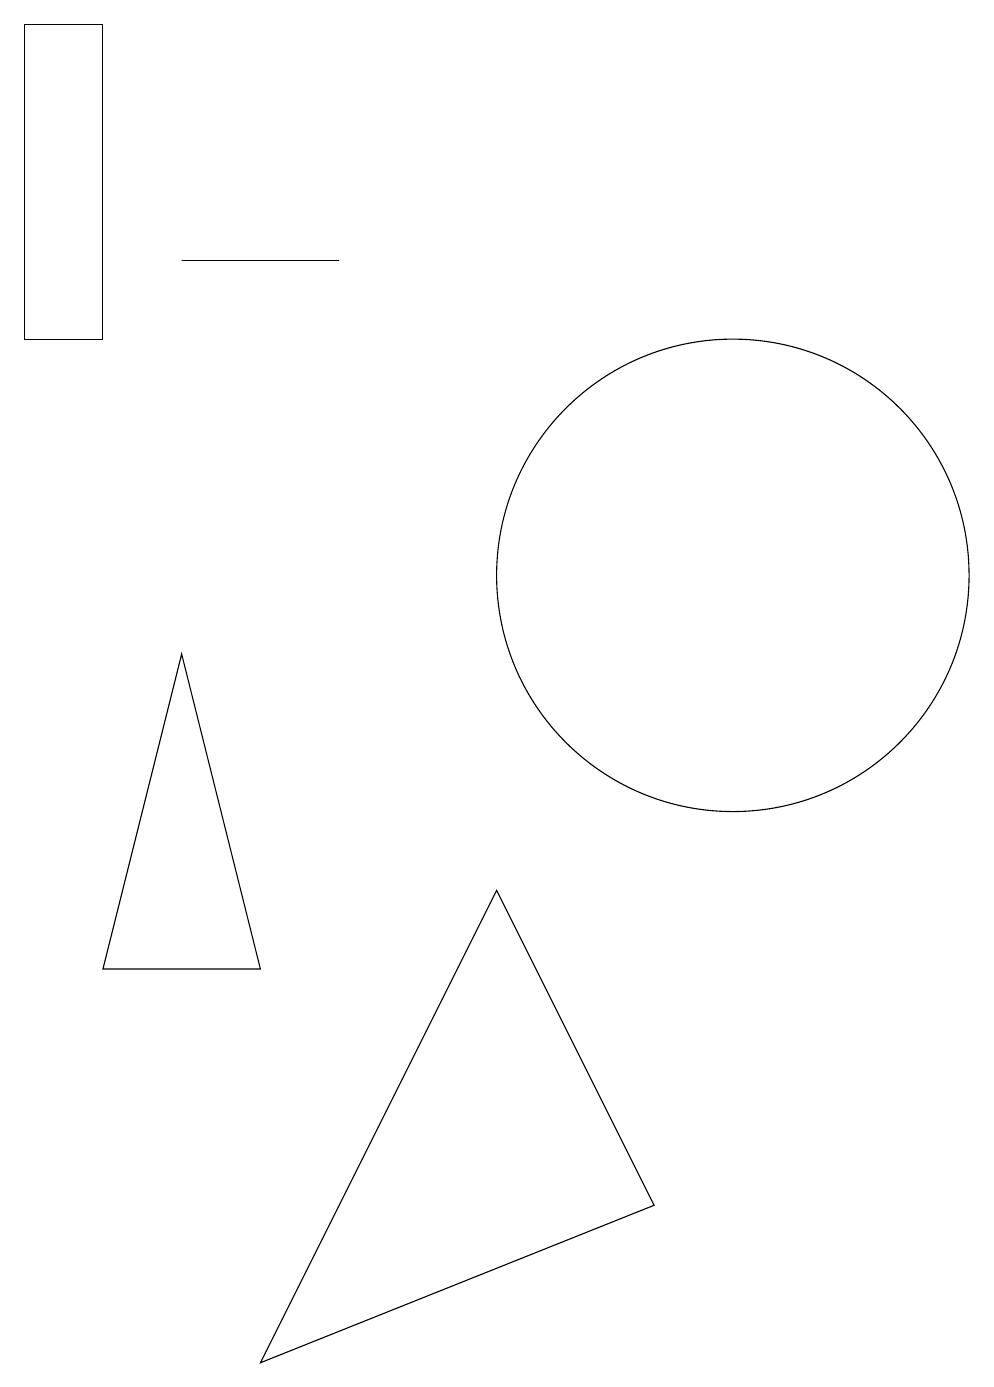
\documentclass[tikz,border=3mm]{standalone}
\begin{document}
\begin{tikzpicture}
\draw (4,5) -- (2,5) -- (3,9) -- cycle;
\draw (4,0) -- (7,6) -- (9,2) -- cycle;
\draw (3,14) rectangle (5,14);
\draw (12,11) circle (0);
\draw (10,10) circle (3);
\draw (2,17) rectangle (1,13);
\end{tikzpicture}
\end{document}